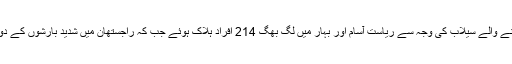
رپورٹ کے مطابق مون سون کی بارشوں اور اس کے نتیجے میں آنے والے سیلاب کی وجہ سے ریاست آسام اور بہار میں لگ بھگ 214 افراد ہلاک ہوئے جب کہ راجستھان میں شدید بارشوں کے دوران مختلف واقعات میں 13 افراد کے ہلاک ہونے کی اطلاعات ہیں۔